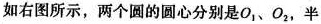
如右图所示，两个圆的圆心分别是O_{1}、O_{2}，半